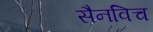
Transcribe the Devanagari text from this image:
सैनविच